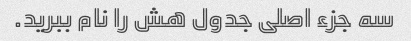
سه جزء اصلی جدول هش را نام ببرید.